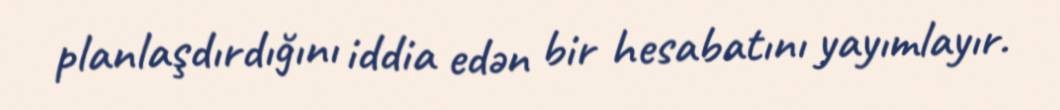
planlaşdırdığını iddia edən bir hesabatını yayımlayır.